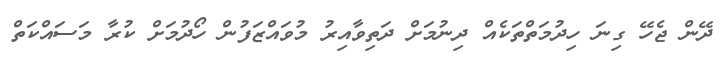
ދޭން ޖެހޭ ގިނަ ހިދުމަތްތަކެއް ދިނުމަށް ދަތިވާއިރު މުވައްޒަފުން ހޯދުމަށް ކުރާ މަސައްކަތް